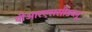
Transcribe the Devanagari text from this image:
वीआरएससीडब्लू